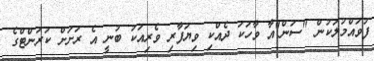
ފުވައްމުލަކުން "ސަން"އާ ވާހަކަ ދެއްކި ވިޔަފާރި ވެރިއަކު ބުނީ އެ ރަށަށް ކަރަންޓްގެ